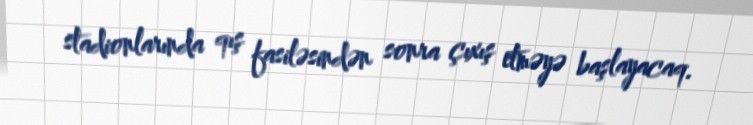
stadionlarında qış fasiləsindən sonra çıxış etməyə başlayacaq.